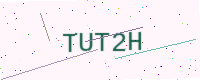
Text: TUT2H